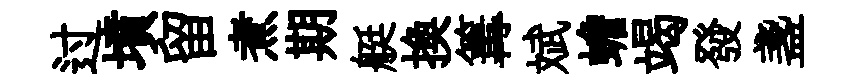
过墳留煮期艇換篝斌蟾竭發盞